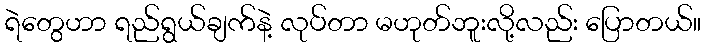
ရဲတွေဟာ ရည်ရွယ်ချက်နဲ့ လုပ်တာ မဟုတ်ဘူးလို့လည်း ပြောတယ်။